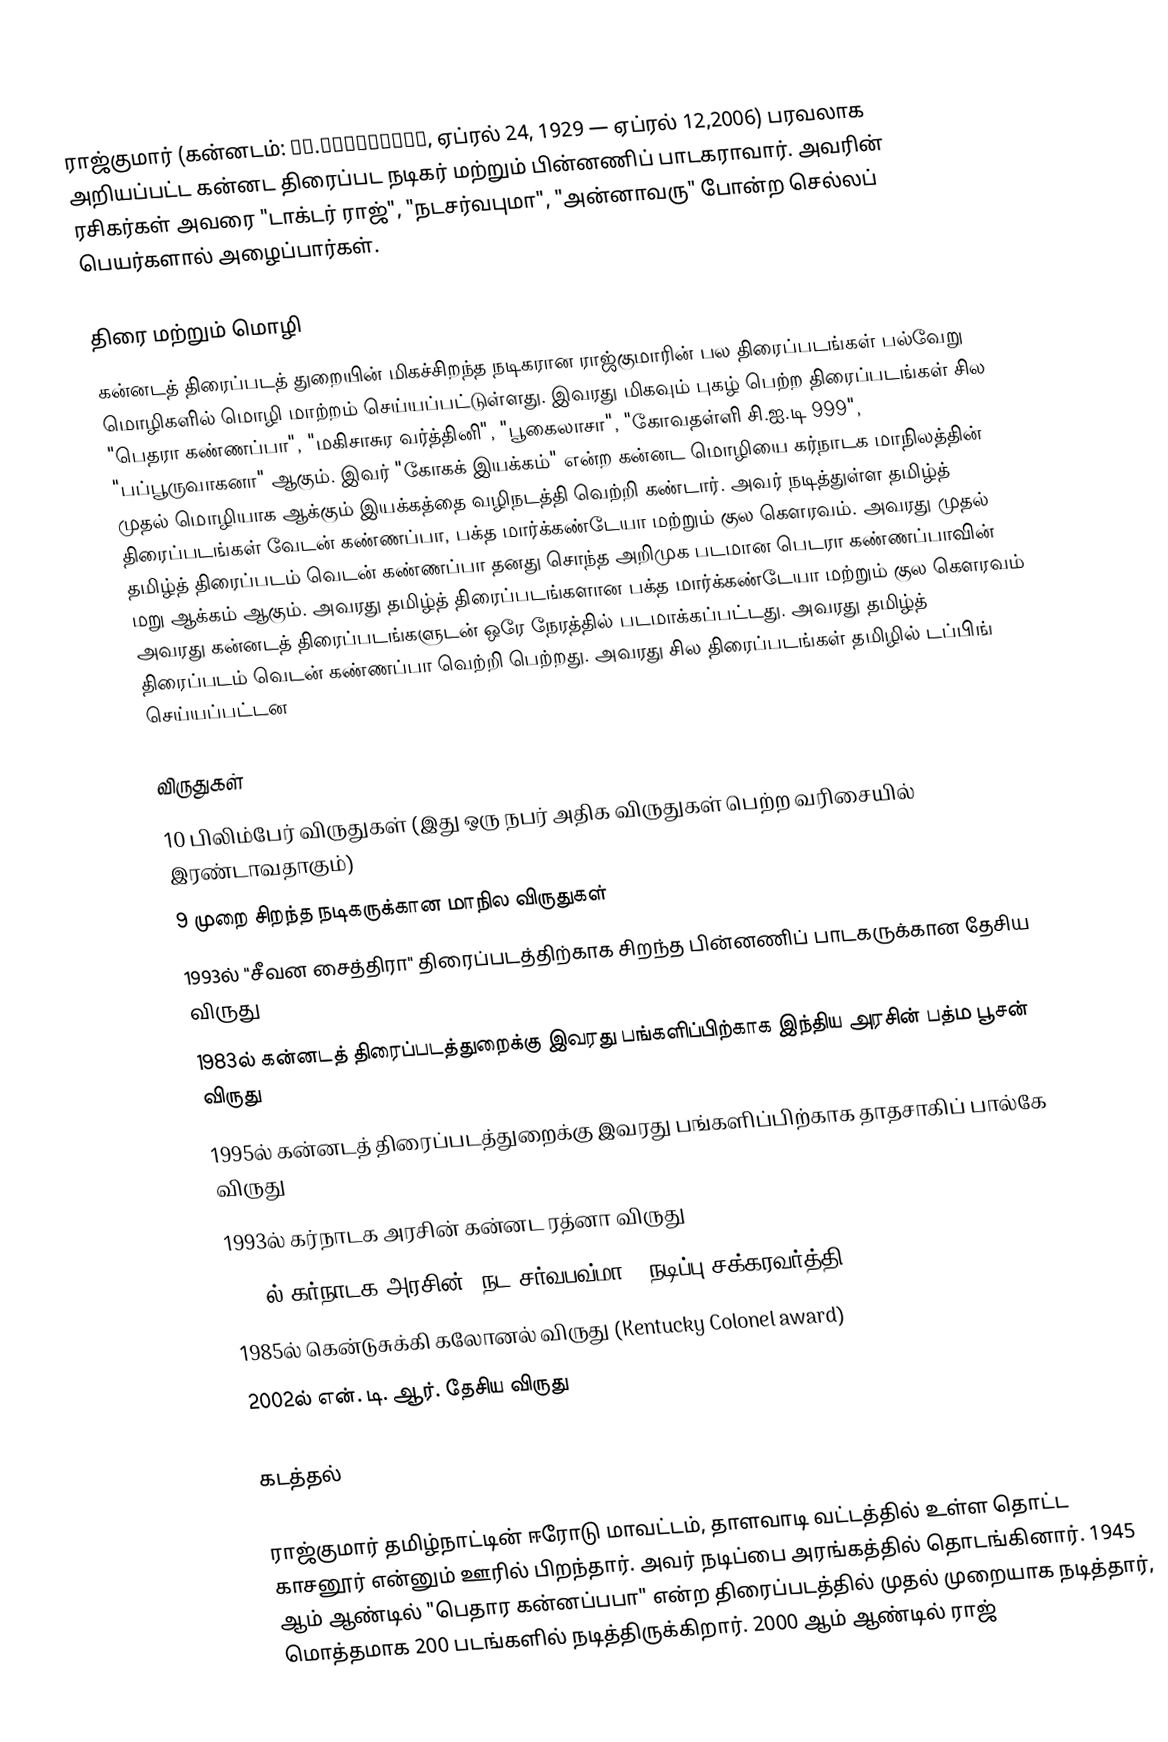
ராஜ்குமார் (கன்னடம்: ಡಾ.ರಾಜಕುಮಾರ್, ஏப்ரல் 24, 1929 — ஏப்ரல் 12,2006) பரவலாக அறியப்பட்ட கன்னட திரைப்பட நடிகர் மற்றும் பின்னணிப் பாடகராவார். அவரின் ரசிகர்கள் அவரை "டாக்டர் ராஜ்", "நடசர்வபுமா", "அன்னாவரு" போன்ற செல்லப் பெயர்களால் அழைப்பார்கள்.

திரை மற்றும் மொழி
கன்னடத் திரைப்படத் துறையின் மிகச்சிறந்த நடிகரான ராஜ்குமாரின் பல திரைப்படங்கள் பல்வேறு மொழிகளில் மொழி மாற்றம் செய்யப்பட்டுள்ளது. இவரது மிகவும் புகழ் பெற்ற திரைப்படங்கள் சில "பெதரா கண்ணப்பா", "மகிசாசுர வர்த்தினி", "பூகைலாசா", "கோவதள்ளி சி.ஐ.டி 999", "பப்பூருவாகனா" ஆகும். இவர் "கோகக் இயக்கம்" என்ற கன்னட மொழியை கர்நாடக மாநிலத்தின் முதல் மொழியாக ஆக்கும் இயக்கத்தை வழிநடத்தி வெற்றி கண்டார். அவர் நடித்துள்ள தமிழ்த் திரைப்படங்கள் வேடன் கண்ணப்பா, பக்த மார்க்கண்டேயா மற்றும் குல கௌரவம். அவரது முதல் தமிழ்த் திரைப்படம் வெடன் கண்ணப்பா தனது சொந்த அறிமுக படமான பெடரா கண்ணப்பாவின் மறு ஆக்கம் ஆகும். அவரது தமிழ்த் திரைப்படங்களான பக்த மார்க்கண்டேயா மற்றும் குல கௌரவம்  அவரது கன்னடத் திரைப்படங்களுடன் ஒரே நேரத்தில் படமாக்கப்பட்டது. அவரது தமிழ்த் திரைப்படம் வெடன் கண்ணப்பா வெற்றி பெற்றது. அவரது சில திரைப்படங்கள் தமிழில் டப்பிங் செய்யப்பட்டன

விருதுகள்
 10 பிலிம்பேர் விருதுகள் (இது ஒரு நபர் அதிக விருதுகள் பெற்ற வரிசையில் இரண்டாவதாகும்)
 9 முறை சிறந்த நடிகருக்கான மாநில விருதுகள்
 1993ல் "சீவன சைத்திரா" திரைப்படத்திற்காக சிறந்த பின்னணிப் பாடகருக்கான தேசிய விருது
 1983ல் கன்னடத் திரைப்படத்துறைக்கு இவரது பங்களிப்பிற்காக இந்திய அரசின் பத்ம பூசன் விருது
 1995ல் கன்னடத் திரைப்படத்துறைக்கு இவரது பங்களிப்பிற்காக தாதசாகிப் பால்கே விருது
 1993ல் கர்நாடக அரசின் கன்னட ரத்னா விருது
 1967ல் கர்நாடக அரசின் "நட சர்வபவ்மா" (நடிப்பு சக்கரவர்த்தி)
 1985ல் கென்டுசுக்கி கலோனல் விருது (Kentucky Colonel award)
 2002ல் என். டி. ஆர். தேசிய விருது

கடத்தல்

ராஜ்குமார் தமிழ்நாட்டின் ஈரோடு மாவட்டம், தாளவாடி வட்டத்தில் உள்ள தொட்ட காசனூர் என்னும் ஊரில் பிறந்தார். அவர் நடிப்பை அரங்கத்தில் தொடங்கினார். 1945 ஆம் ஆண்டில் "பெதார கன்னப்பபா" என்ற திரைப்படத்தில் முதல் முறையாக நடித்தார், மொத்தமாக 200 படங்களில் நடித்திருக்கிறார். 2000 ஆம் ஆண்டில் ராஜ்